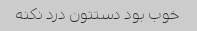
خوب بود دستتون درد نکنه